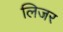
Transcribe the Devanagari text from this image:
लिजर